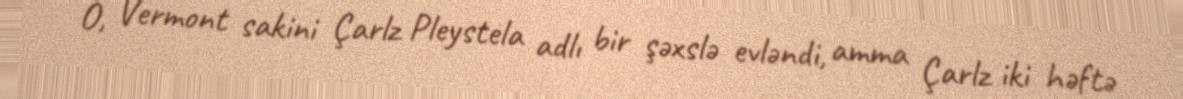
O, Vermont sakini Çarlz Pleystela adlı bir şəxslə evləndi, amma Çarlz iki həftə